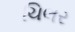
ચિલર